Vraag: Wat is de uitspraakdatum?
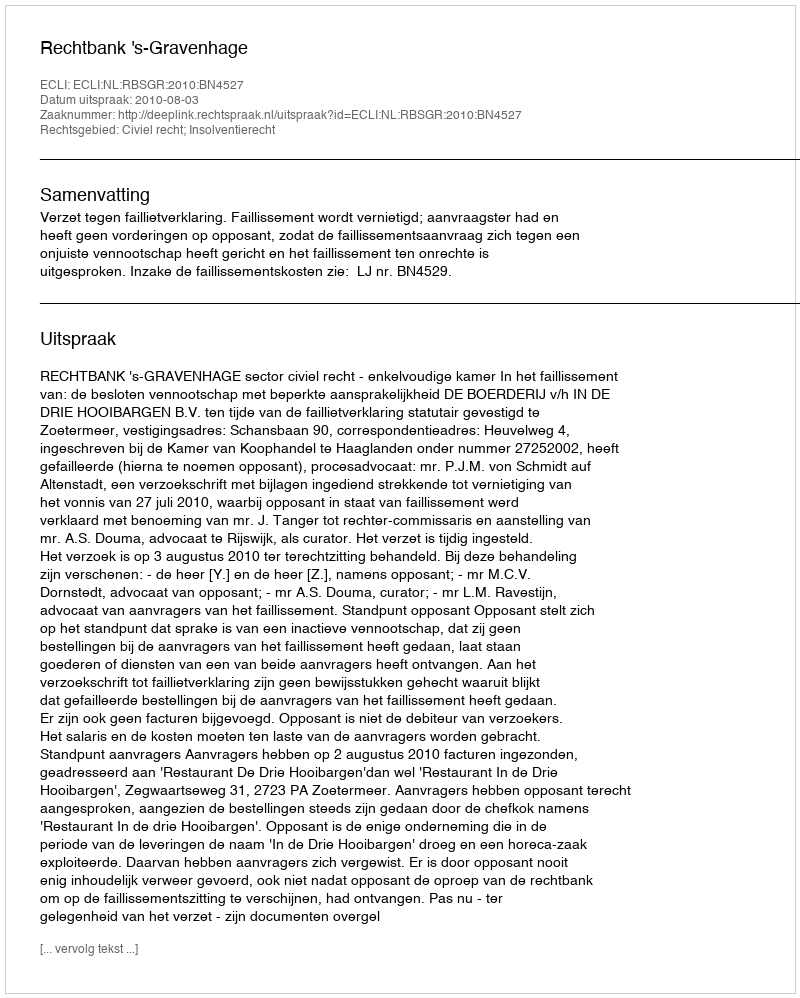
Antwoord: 2010-08-03